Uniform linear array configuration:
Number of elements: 4
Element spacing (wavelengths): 0.25
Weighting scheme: binomial
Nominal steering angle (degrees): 0
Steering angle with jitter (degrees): -1.489
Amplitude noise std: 0.05
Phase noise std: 0.05

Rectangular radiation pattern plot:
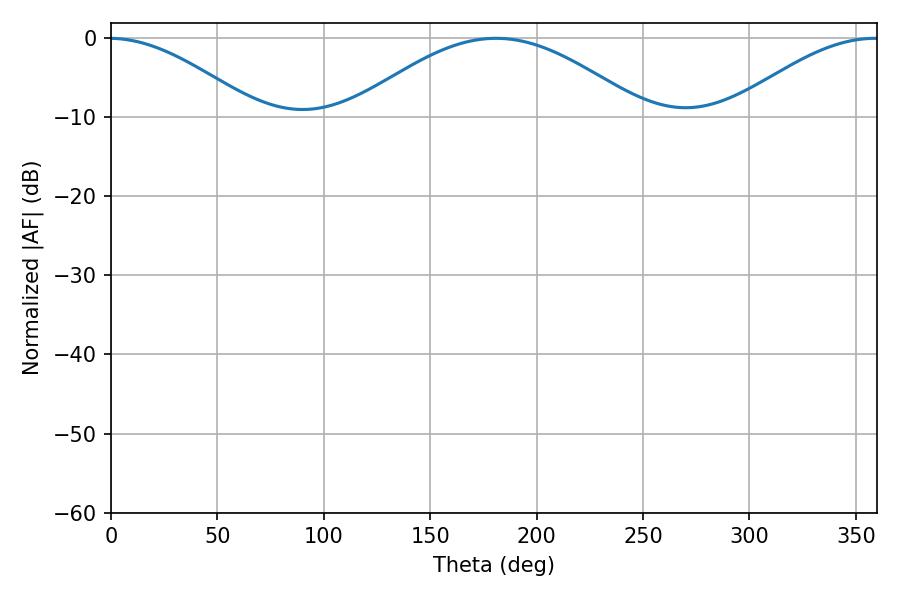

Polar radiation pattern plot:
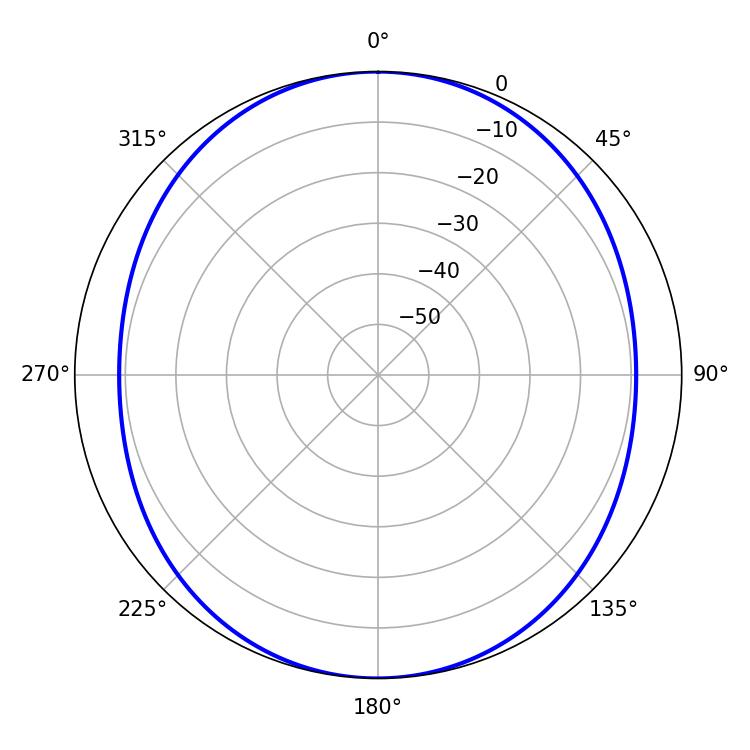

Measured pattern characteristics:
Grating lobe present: FALSE
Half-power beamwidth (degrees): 74.16
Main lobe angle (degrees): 180.9